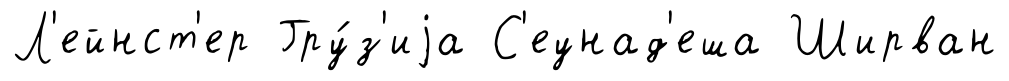
Л'ейнст'ер Гру́з'иjа С'еунад'еша Ширван